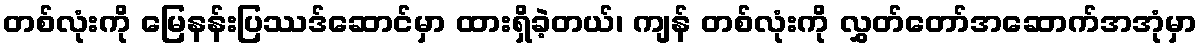
တစ်လုံးကို မြေနန်းပြဿဒ်ဆောင်မှာ ထားရှိခဲ့တယ်၊ ကျန် တစ်လုံးကို လွှတ်တော်အဆောက်အအုံမှာ